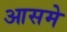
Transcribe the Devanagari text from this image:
आसमे